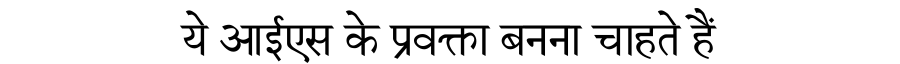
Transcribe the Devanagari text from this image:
ये आईएस के प्रवक्ता बनना चाहते हैं